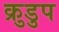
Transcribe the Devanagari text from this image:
क्रुडुप